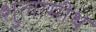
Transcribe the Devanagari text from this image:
शुलामीथ